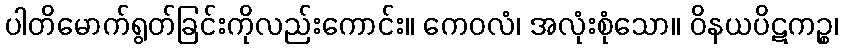
ပါတိမောက်ရွတ်ခြင်းကိုလည်းကောင်း။ ကေဝလံ၊ အလုံးစုံသော။ ဝိနယပိဋကဉ္စ၊